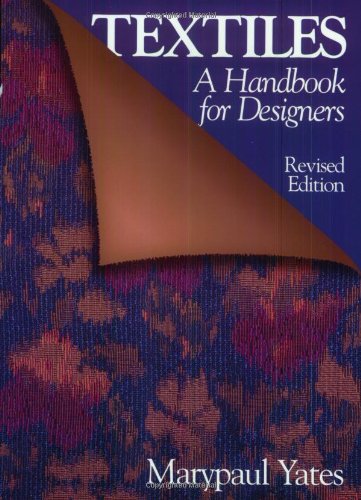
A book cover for Textiles: A Handbook for Designers (Revised Edition); Marypaul Yates; Crafts, Hobbies & Home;